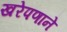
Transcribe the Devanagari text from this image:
खरेपणाने